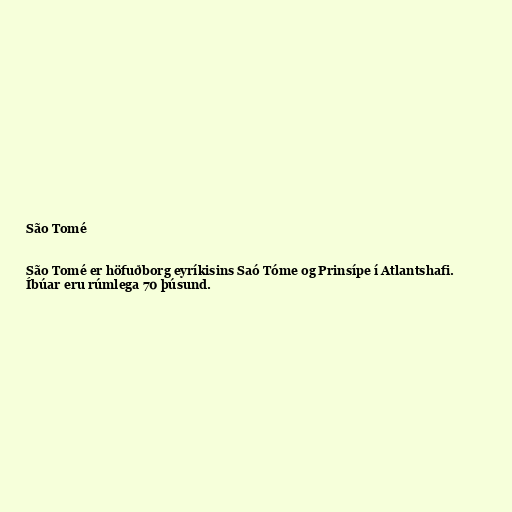
São Tomé

São Tomé er höfuðborg eyríkisins Saó Tóme og Prinsípe í Atlantshafi.
Íbúar eru rúmlega 70 þúsund.